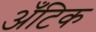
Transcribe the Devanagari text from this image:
अँटिक